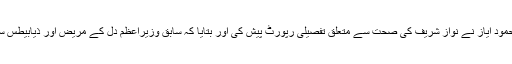
عدالت کے طلب کرنے پر ڈاکٹر محمود ایاز نے نواز شریف کی صحت سے متعلق تفصیلی رپورٹ پیش کی اور بتایا کہ سابق وزیراعظم دل کے مریض اور ذیابیطس سمیت متعدد بیماریوں میں مبتلا ہیں۔